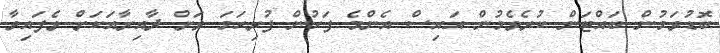
ބޮޑުވަމުން ބައްޓަން ކުރެވެމުން އައިސް އެންމެ ފަހުން ފުރިހަމަ ވަށް ދާއިރާއަކަށް ވެފައިވާ